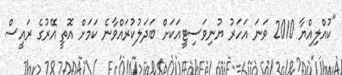
"ކުއްލިއްޔާ 2010 ވަނަ އަހަރު ޔުނިވަސިޓީއަކަށް ބަދަލުކުރައްވާނެ ކަމަށް އޮތީ އޭރުގެ ރައީސް